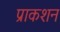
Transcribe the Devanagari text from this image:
प्राकशन